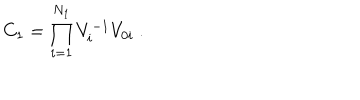
C _ { 1 } = \prod _ { i = 1 } ^ { N _ { 1 } } V _ { i } ^ { - 1 } V _ { 0 i } \ .